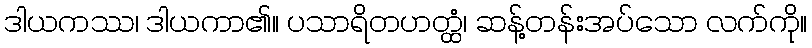
ဒါယကဿ၊ ဒါယကာ၏။ ပသာရိတဟတ္ထံ၊ ဆန့်တန်းအပ်သော လက်ကို။